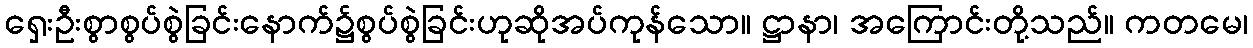
ရှေးဦးစွာစွပ်စွဲခြင်းနောက်၌စွပ်စွဲခြင်းဟုဆိုအပ်ကုန်သော။ ဋ္ဌာနာ၊ အကြောင်းတို့သည်။ ကတမေ၊